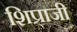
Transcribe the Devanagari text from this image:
शिप्राजी